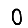
Digit: 0